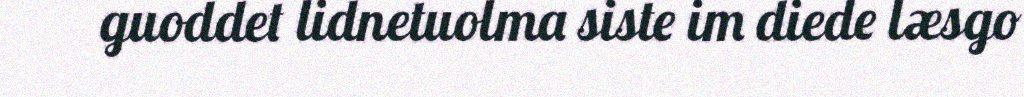
guoddet lidnetuolma siste im diede læsgo